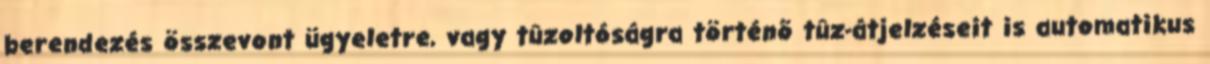
berendezés összevont ügyeletre, vagy tûzoltóságra történõ tûz-átjelzéseit is automatikus